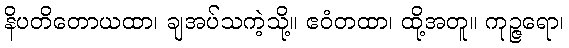
နိပတိတောယထာ၊ ချအပ်သကဲ့သို့။ ဧဝံတထာ၊ ထို့အတူ။ ကုဉ္ဇရော၊